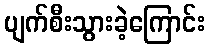
ပျက်စီးသွားခဲ့ကြောင်း